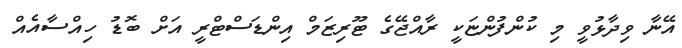
އޭނާ ވިދާޅުވީ މި ކުންފުންޏަކީ ރާއްޖޭގެ ޓޫރިޒަމް އިންޑަސްޓްރީ އަށް ބޮޑު ހިއްސާއެއް